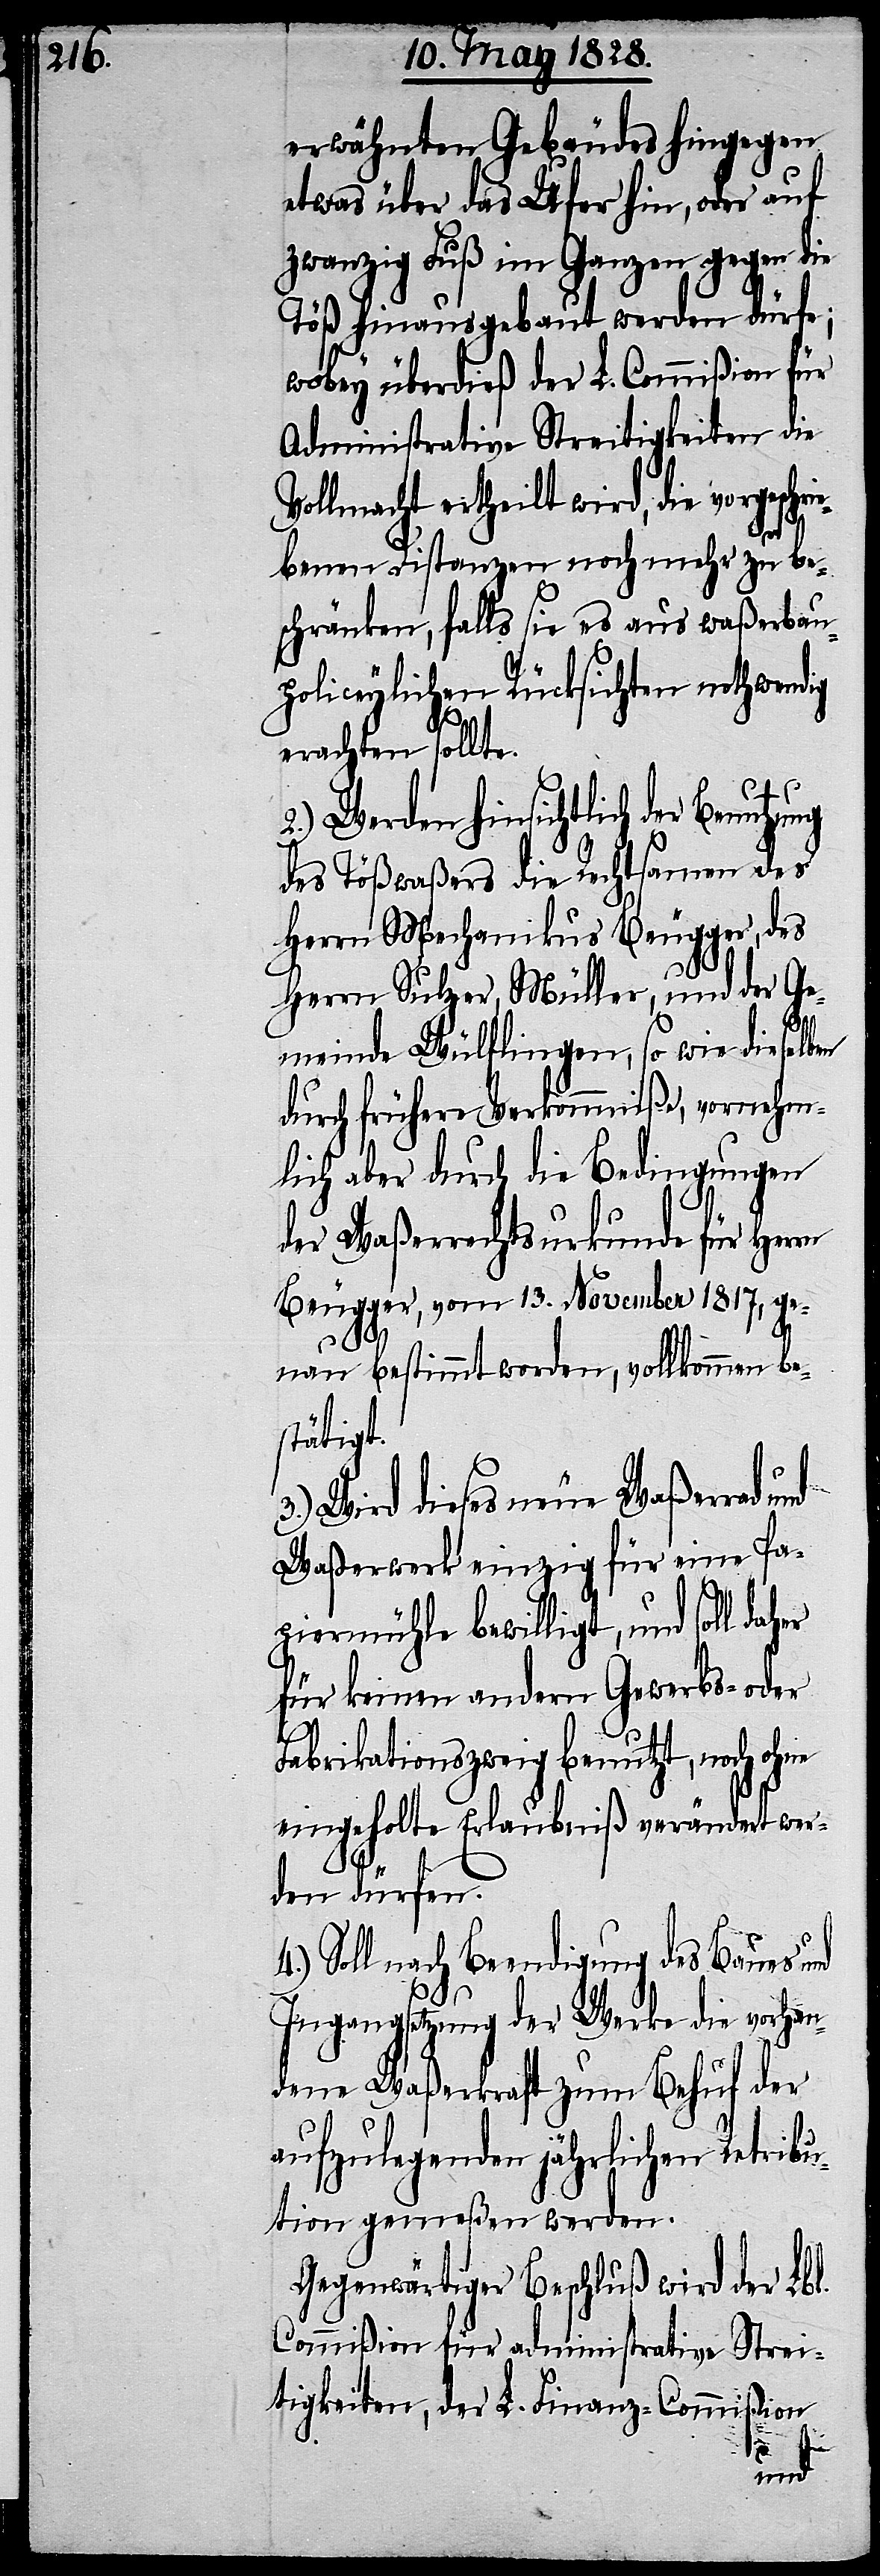
erwähnten Gebäudes hingegen
etwas über das Ufer hin, oder auf
zwanzig Fuß im Ganzen gegen die
Töß hinausgebaut werden dürfe;
wobey überdieß der L. Commißion für
Administrative Streitigkeiten die
Vollmacht ertheilt wird, die vorgeschr¬
en
iebenen Distanzen noch mehr zu be¬
schränken, falls sie es aus waßerbau¬
policeylichen Rücksichten nothwendig
erachten sollte.
2.) Werden hinsichtlich der Benut¬
des Tößwaßers die Rechtsamen des
Herrn Mechanikus Beugger, des
Herrn Sulzer, Müller, und der Ge¬
meinde Wülflingen, so wie dieselb¬
durch frühere Verkommniße, vornehm¬
lich aber durch die Bedingungen
der Waßerrechtsurkunde für Herrn
Beugger, vom 13. November 1817, ge¬
nau bestimmt worden, vollkommen be¬
stätigt.
Wird dieses neue Waßerrad
Waßerwerk einzig für eine Pa¬
piermühle bewilligt, und soll
für keinen andern Gewerbs- oder
Fabrikationszweig benutzt, noch ohne
eingeholte Erlaubniß verändert wer¬
den dürfen.
Soll nach Beendigung des Baues und
Ingangsetzung der Werke die vorhan¬
dene Waßerkraft zum Behuf der
aufzulegenden jährlichen Retribu¬
tion gemeßen werden.
Gegenwärtiger Beschluß wird der Lbl.
Commißion für administrative Strei¬
tigkeiten, der L. Finanz-Commißion
und